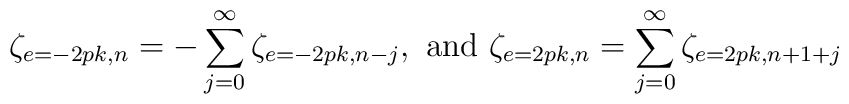
\zeta_{e=-2pk,n}=-\sum_{j=0}^{\infty}\zeta_{e=-2pk,n-j},\mbox{ and }\zeta_{e=2pk,n}=\sum_{j=0}^{\infty}\zeta_{e=2pk,n+1+j}